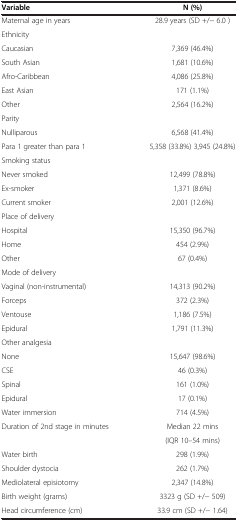
<table><thead><tr><td><b>Variable</b></td><td><b>N (%)</b></td></tr></thead><tbody><tr><td>Maternal age in years</td><td>28.9 years (SD +/- 6.0 )</td></tr><tr><td>Ethnicity</td><td> </td></tr><tr><td>Caucasian</td><td>7,369 (46.4%)</td></tr><tr><td>South Asian</td><td>1,681 (10.6%)</td></tr><tr><td>Afro-Caribbean</td><td>4,086 (25.8%)</td></tr><tr><td>East Asian</td><td>171 (1.1%)</td></tr><tr><td>Other</td><td>2,564 (16.2%)</td></tr><tr><td>Parity</td><td> </td></tr><tr><td>Nulliparous</td><td>6,568 (41.4%)</td></tr><tr><td>Para 1 greater than para 1</td><td>5,358 (33.8%) 3,945 (24.8%)</td></tr><tr><td>Smoking status</td><td> </td></tr><tr><td>Never smoked</td><td>12,499 (78.8%)</td></tr><tr><td>Ex-smoker</td><td>1,371 (8.6%)</td></tr><tr><td>Current smoker</td><td>2,001 (12.6%)</td></tr><tr><td>Place of delivery</td><td> </td></tr><tr><td>Hospital</td><td>15,350 (96.7%)</td></tr><tr><td>Home</td><td>454 (2.9%)</td></tr><tr><td>Other</td><td>67 (0.4%)</td></tr><tr><td>Mode of delivery</td><td> </td></tr><tr><td>Vaginal (non-instrumental)</td><td>14,313 (90.2%)</td></tr><tr><td>Forceps</td><td>372 (2.3%)</td></tr><tr><td>Ventouse</td><td>1,186 (7.5%)</td></tr><tr><td>Epidural</td><td>1,791 (11.3%)</td></tr><tr><td>Other analgesia</td><td> </td></tr><tr><td>None</td><td>15,647 (98.6%)</td></tr><tr><td>CSE</td><td>46 (0.3%)</td></tr><tr><td>Spinal</td><td>161 (1.0%)</td></tr><tr><td>Epidural</td><td>17 (0.1%)</td></tr><tr><td>Water immersion</td><td>714 (4.5%)</td></tr><tr><td rowspan="2">Duration of 2nd stage in minutes</td><td>Median 22 mins</td></tr><tr><td>(IQR 10–54 mins)</td></tr><tr><td>Water birth</td><td>298 (1.9%)</td></tr><tr><td>Shoulder dystocia</td><td>262 (1.7%)</td></tr><tr><td>Mediolateral episiotomy</td><td>2,347 (14.8%)</td></tr><tr><td>Birth weight (grams)</td><td>3323 g (SD +/- 509)</td></tr><tr><td>Head circumference (cm)</td><td>33.9 cm (SD +/- 1.64)</td></tr></tbody></table>